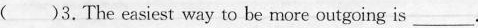
（ )3.The easiest way to be more outgoing is _